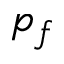
p _ { f }